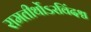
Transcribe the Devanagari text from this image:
रामतीर्थोऽरविंदश्च